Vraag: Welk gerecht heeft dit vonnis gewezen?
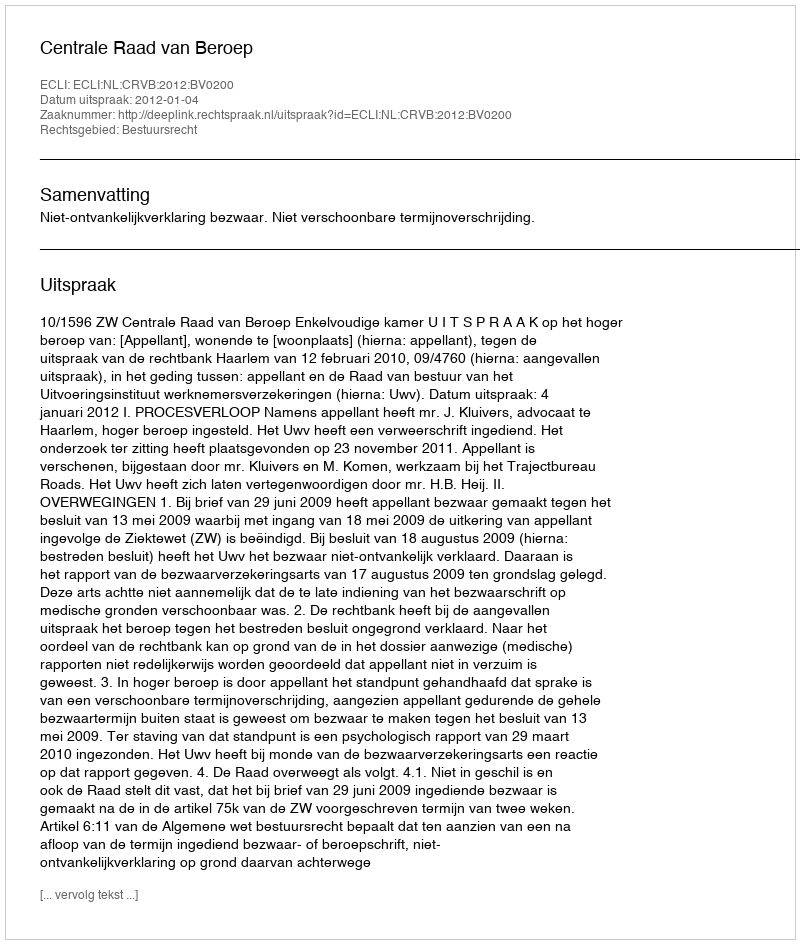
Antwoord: Centrale Raad van Beroep